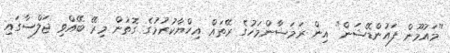
"މައުމޫން ފައުންޑޭޝަން" އިން ރަމަޟާންމަހުގެ ރޭތައް އިހްޔާކުރުމުގެ ގޮތުން މިރޭ ބޭއްވި ޖަލްސާގައި